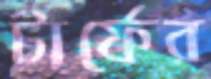
টার্ফের